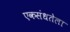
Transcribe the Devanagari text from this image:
एकसंधतेला